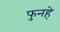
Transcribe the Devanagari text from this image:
फुनहे